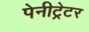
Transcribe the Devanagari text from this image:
पेनीट्रेटर